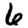
Digit: 6